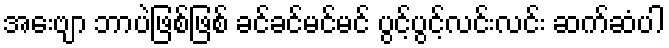
အေးဗျာ ဘာပဲဖြစ်ဖြစ် ခင်ခင်မင်မင် ပွင့်ပွင့်လင်းလင်း ဆက်ဆံပါ